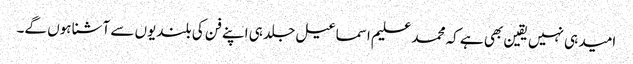
امید ہی نہیں یقین بھی ہے کہ محمد علیم اسماعیل جلد ہی اپنے فن کی بلندیوں سے آشنا ہوں گے۔